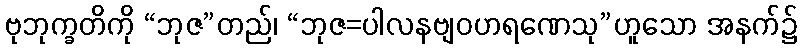
ဗုဘုက္ခတိကို “ဘုဇ”တည်၊ “ဘုဇ=ပါလနဗျဝဟရဏေသု”ဟူသော အနက်၌